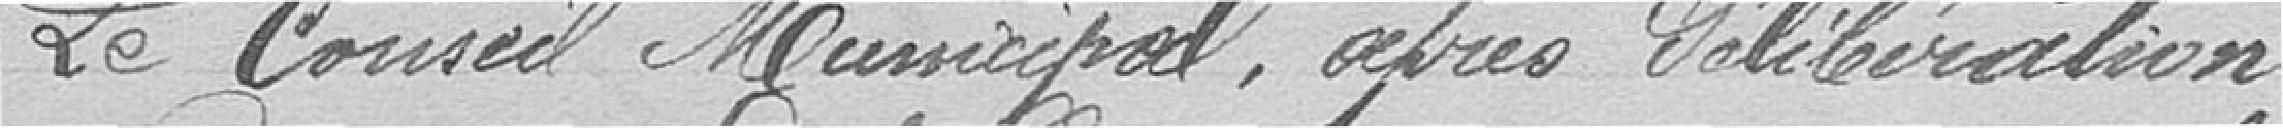
Le Conseil après délibération :